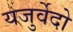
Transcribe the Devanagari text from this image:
यजुर्वेदो